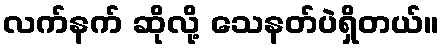
လက်နက် ဆိုလို့ သေနတ်ပဲရှိတယ်။